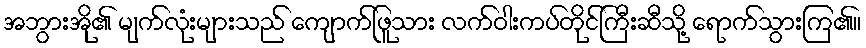
အဘွားအို၏ မျက်လုံးများသည် ကျောက်ဖြူသား လက်ဝါးကပ်တိုင်ကြီးဆီသို့ ရောက်သွားကြ၏။